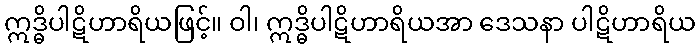
ဣဒ္ဓိပါဋိဟာရိယဖြင့်။ ဝါ၊ ဣဒ္ဓိပါဋိဟာရိယအာ ဒေသနာ ပါဋိဟာရိယ